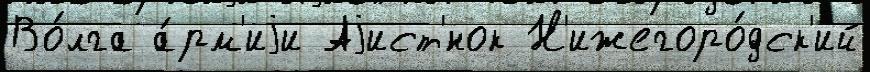
Во́лга а́рм'иjи Аjист'́нок Н'ижегоро́дск'ий